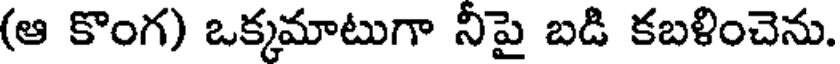
(ఆ కొంగ) ఒక్కమాటుగా నీపై బడి కబళించెను.